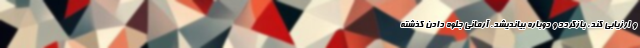
و ارزیابی کند، بازگردد و دوباره بیاندیشد. آرمانی‌ جلوه دادن گذشته